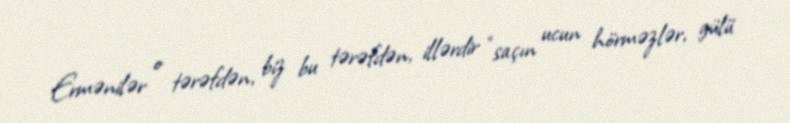
Ermənilər o tərəfdən, biz bu tərəfdən, illərdir “saçın ucun hörməzlər, gülü